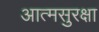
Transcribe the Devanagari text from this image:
आत्मसुरक्षा